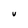
Character: v